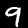
Digit: 9